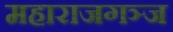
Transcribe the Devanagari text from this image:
महाराजगञ्ज